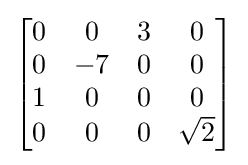
{\begin{bmatrix}0&0&3&0\\0&-7&0&0\\1&0&0&0\\0&0&0&{\sqrt {2}}\end{bmatrix}}